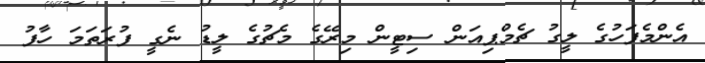
އެންމެފަހުގެ ލީގު ޗެމްޕިއަން ސިޓީން މިރޭގެ މެޗުގެ ލީޑު ނެގީ ފުރަތަމަ ހާފު